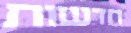
חדשות